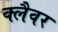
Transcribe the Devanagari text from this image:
क्लैवर